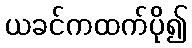
ယခင်ကထက်ပို၍